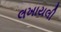
લખાયલી